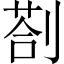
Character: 剳